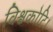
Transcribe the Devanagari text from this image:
विश्वकोटि।